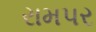
રામપર